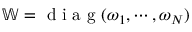
\mathbb { W } = \textrm { d i a g } ( \omega _ { 1 } , \cdots , \omega _ { N } )